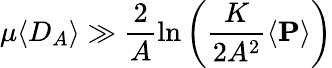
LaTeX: \mu\langle D_{A}\rangle\gg\frac{2}{A}\ln\left(\frac{K}{2A^{2}}\left<\mathbf{P}\right>\right)